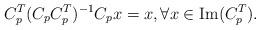
LaTeX: \begin{align*}C_p^T(C_pC_p^T)^{-1}C_p x=x,\forall x\in \hbox{Im}(C_p^T).\end{align*}